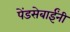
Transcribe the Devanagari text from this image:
पेंडसेबाईंनी